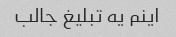
اینم یه تبلیغ جالب